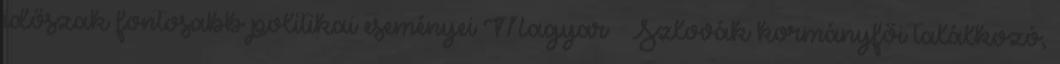
időszak fontosabb politikai eseményei Magyar – Szlovák kormányfői találkozó,